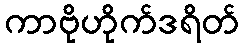
ကာဗိုဟိုက်ဒရိတ်